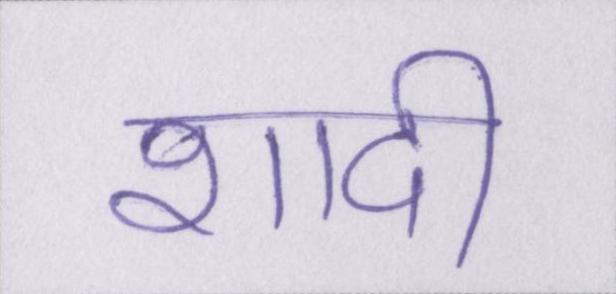
शादी